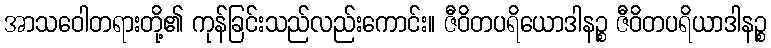
အာသဝေါတရားတို့၏ ကုန်ခြင်းသည်လည်းကောင်း။ ဇီဝိတပရိယောဒါနဉ္စ ဇီဝိတပရိယာဒါနဉ္စ